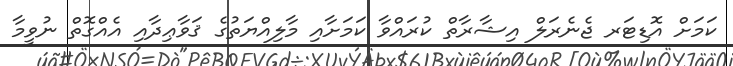
ކަމަށް އޮޑިޓަރ ޖެނެރަލް އިޝާރާތް ކުރައްވާ ކަމަށާއި މާލިއްޔަތުގެ ޤަވާޢިދާއި އެއްގޮތް ނުވީމާ